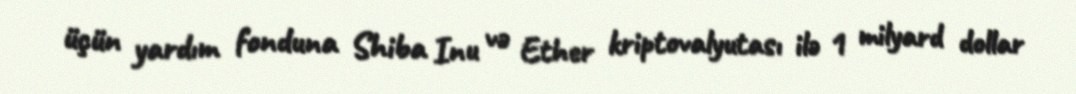
üçün yardım fonduna Shiba Inu və Ether kriptovalyutası ilə 1 milyard dollar